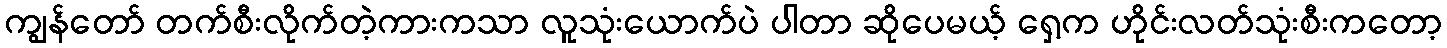
ကျွန်တော် တက်စီးလိုက်တဲ့ကားကသာ လူသုံးယောက်ပဲ ပါတာ ဆိုပေမယ့် ရှေ့က ဟိုင်းလတ်သုံးစီးကတော့